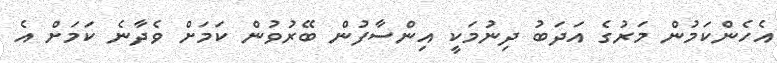
އެހެންކަމުން މަރުގެ އަދަބު ދިނުމަކީ އިންސާފުން ބޭރުވުން ކަމަށް ވެދާނެ ކަމަށް އެ